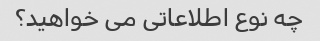
چه نوع اطلاعاتی می خواهید؟